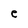
Character: e